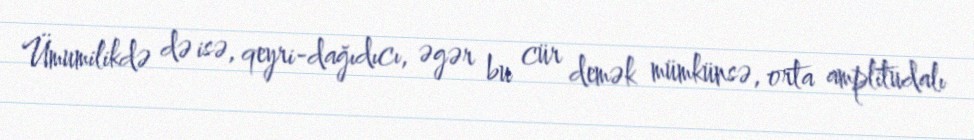
Ümumilikdə də isə, qeyri-dağıdıcı, əgər bu cür demək mümkünsə, orta amplitudalı